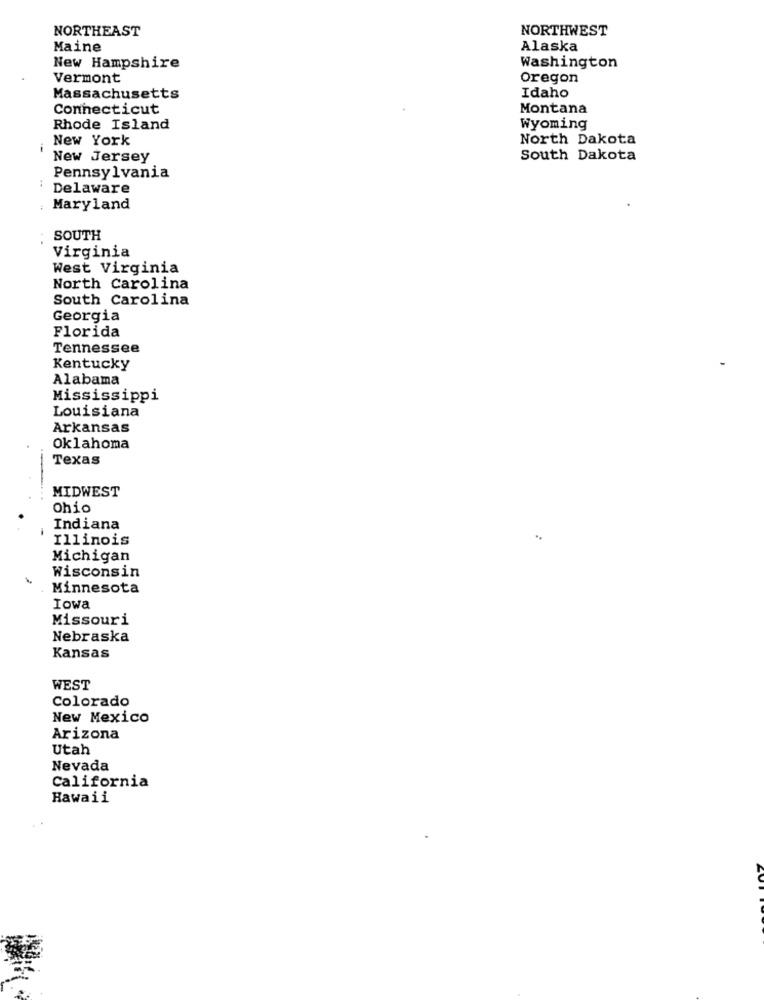
NORTHEAST
NORTHWEST
Maine
Alaska
New Hampshire
Washington
Vermont
Oregon
Massachusetts
Idaho
Connecticut
Montana
Rhode Island
Wyoming
New York
North Dakota
New Jersey
South Dakota
Pennsylvania
Delaware
Maryland
SOUTH
Virginia
West Virginia
North Carolina
South Carolina
Georgia
Florida
Tennessee
Kentucky
Alabama
Mississippi
Louisiana
Arkansas
Oklahoma
Texas
MIDWEST
Ohio
Indiana
Illinois
Michigan
Wisconsin
Minnesota
Iowa
Missouri
Nebraska
Kansas
WEST
Colorado
New Mexico
Arizona
Utah
Nevada
California
Hawaii